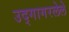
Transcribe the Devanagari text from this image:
उद्गागरलेले